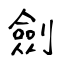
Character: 劍